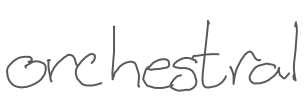
Text: orchestral
Cross-out: clean
Writing tool: digital_gray